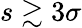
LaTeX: s\gtrsim 3\sigma